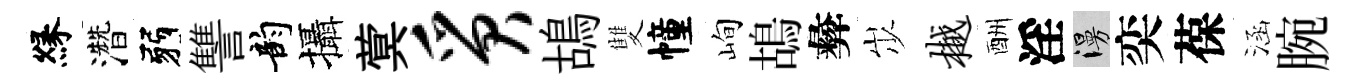
縁濳弱讐韵攝蓂质鴣雙幢峋鴣彜𡵯樾酬淫漫奕葆涵腕